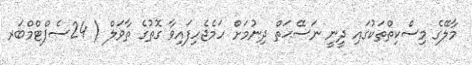
މާލޭގެ މިސްކިތްތަކުގައި ދީނީ ނަސޭޙަތް ދިނުމަށް ހަމެޖެހިފައިވާ ގޮތުގެ ތާވަލް ( 24ސެޕްޓްމްބަރ